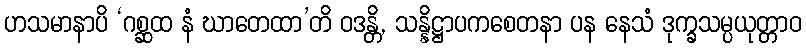
ဟသမာနာပိ ‘ဂစ္ဆထ နံ ဃာတေထာ’တိ ဝဒန္တိ, သန္နိဋ္ဌာပကစေတနာ ပန နေသံ ဒုက္ခသမ္ပယုတ္တာဝ